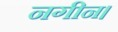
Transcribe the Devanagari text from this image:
नगीन।